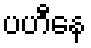
ပဟီနေ